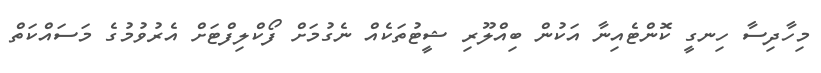
މިހާދިސާ ހިނގީ ކޮންޓެއިނާ އަކުން ބިއްލޫރި ޝީޓުތަކެއް ނެގުމަށް ފޯކްލިފްޓަށް އެރުވުމުގެ މަސައްކަތް